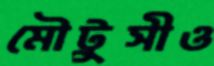
মৌটুসীও